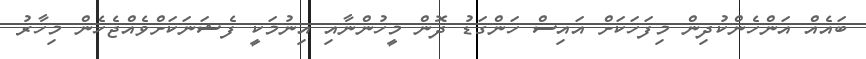
ބައެއް އަންހެންކުދިން މިފަހަކަށް އައިސް ހަންގަޑު ދޮން މީހުންނާއި އިނުމަކީ ފެޝަނަކަށްވެއްޖެހެން މިހާރު